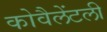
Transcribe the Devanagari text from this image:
कोवैलेंटली